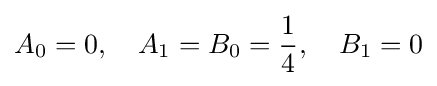
A_{0}=0,\quad A_{1}=B_{0}={\frac {1}{4}},\quad B_{1}=0